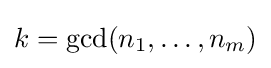
k=\gcd(n_{1},\dots ,n_{m})